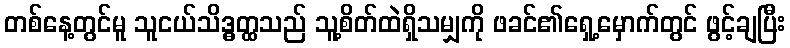
တစ်နေ့တွင်မူ သူငယ်သိဒ္ဓတ္ထသည် သူ့စိတ်ထဲရှိသမျှကို ဖခင်၏ရှေ့မှောက်တွင် ဖွင့်ချပြီး